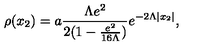
\rho ( x _ { 2 } ) = a \frac { \Lambda e ^ { 2 } } { 2 ( 1 - \frac { e ^ { 2 } } { 1 6 \Lambda } ) } e ^ { - 2 \Lambda | x _ { 2 } | } ,